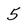
Character: 5